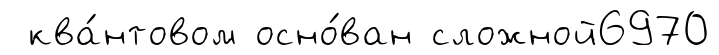
ква́нтовом осно́ван сложной6970